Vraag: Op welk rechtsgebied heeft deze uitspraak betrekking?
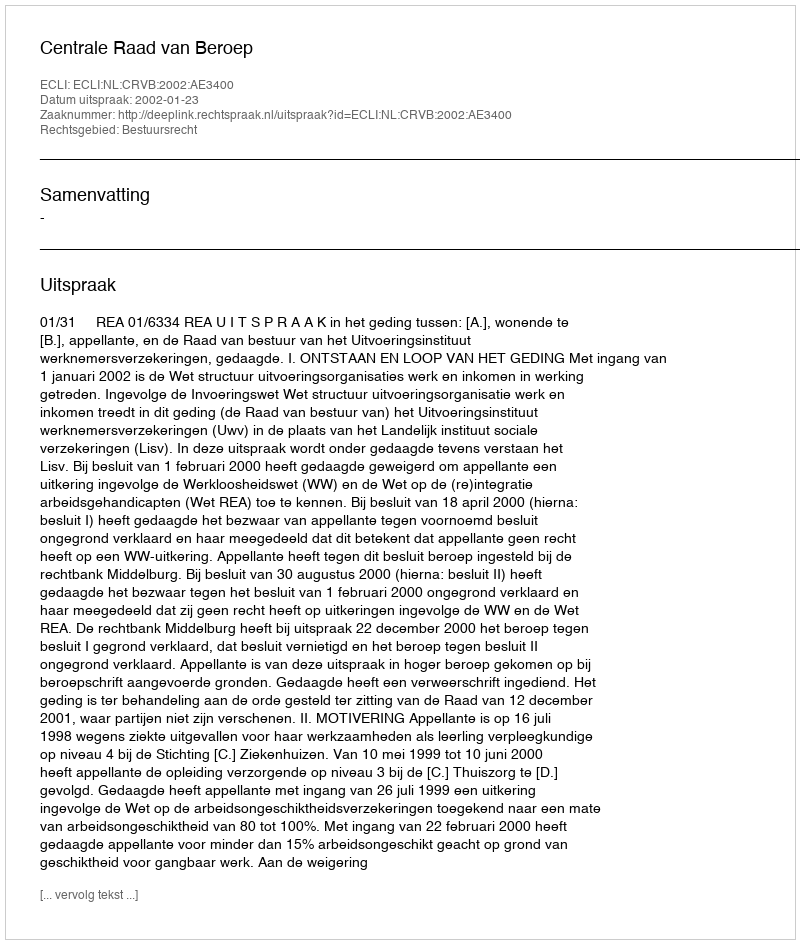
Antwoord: Bestuursrecht